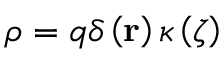
\rho = q \delta \left( \mathbf { r } \right) \kappa \left( \zeta \right)